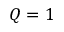
Q = 1